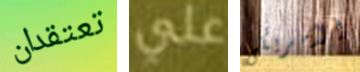
تعتقدان علي الأمريكى